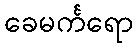
ခေမင်္ကရော